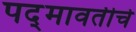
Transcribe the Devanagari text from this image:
पद्‍मावतीचे